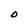
Character: O